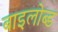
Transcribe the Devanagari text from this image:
बाइलोब्ड